Civil Veterinary Dept. Assam report 1927-50 - 1927-1950
Year: 1927
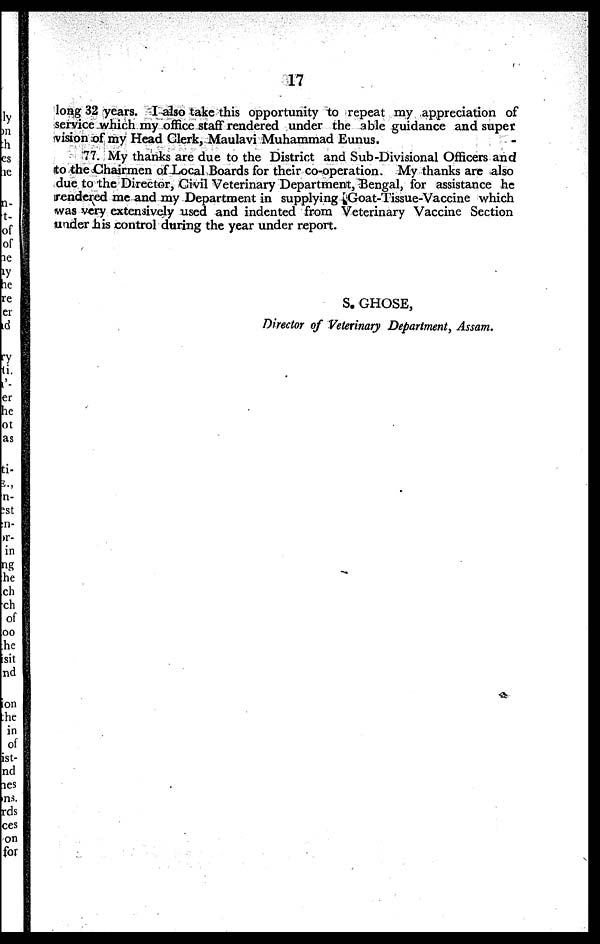
17
long 32 years. I also take this opportunity to repeat my appreciation of
service which my office staff rendered under the able guidance and super
vision of my Head Clerk, Maulavi Muhammad Eunus.
77. My thanks are due to the District and Sub-Divisional Officers and
to the Chairmen of Local Boards for their co-operation. My thanks arc also
due to the Director, Civil Veterinary Department, Bengal, for assistance he
rendered me and my Department in supplying Goat-Tissue-Vaccine which
was very extensively used and indented from Veterinary Vaccine Section
under his control during the year under report.
S. GHOSE,
Director of Veterinary Department, Assam.